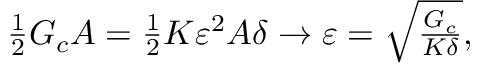
\begin{array} { r } { \frac 1 2 G _ { c } A = \frac 1 2 K \varepsilon ^ { 2 } A \delta \to \varepsilon = \sqrt { \frac { G _ { c } } { K \delta } } , } \end{array}